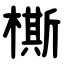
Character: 㯕